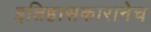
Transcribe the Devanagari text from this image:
इतिहासकारानेच